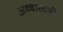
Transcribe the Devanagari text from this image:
अब्बासांनी